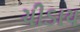
ચીડાય